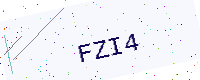
Text: FZI4